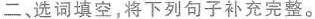
二、选词填空,将下列句子补充完整。